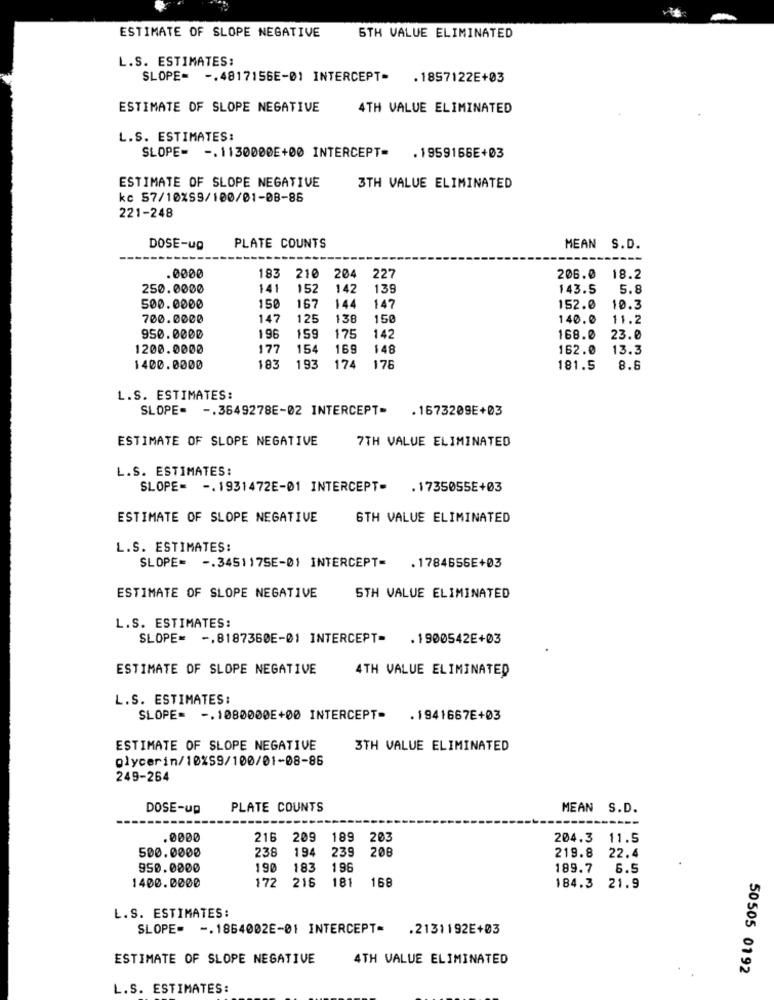
ESTIMATE OF SLOPE NEGATIVE
5TH VALUE ELIMINATED
L.S. ESTIMATES:
SLOPE= -. 4817156E-01 INTERCEPT=
. 1857122E+03
ESTIMATE OF SLOPE NEGATIVE
4TH VALUE ELIMINATED
L.S. ESTIMATES:
SLOPE= -. 1130000E+00 INTERCEPT= . 1959166E+03
ESTIMATE OF SLOPE NEGATIVE
3TH VALUE ELIMINATED
kc 57/10%S9/100/01-08-85
221-248
DOSE-up
PLATE COUNTS
MEAN S.D.
227
.0000
183
210 204
206.0
18.2
250.0000
141
152
142
139
143.5
5.8
147
500.0000
150
167
144
152.0
10.3
700.0000
147
125
138
150
140.0
11.2
950.0000
196
159
175
69
142
168.0
23.0
1200.0000
177
154
148
162.0
13.3
1400.0000
183
193
174
176
181.5
8.6
L.S. ESTIMATES:
SLOPE= -. 3649278E-02 INTERCEPT- . 1673209E+03
ESTIMATE OF SLOPE NEGATIVE
7TH VALUE ELIMINATED
L.S. ESTIMATES:
SLOPE= -. 1931472E-01 INTERCEPT- . 1735055E+03
ESTIMATE OF SLOPE NEGATIVE
6TH VALUE ELIMINATED
L.S. ESTIMATES:
SLOPE= -. 345117SE-01 INTERCEPT= . 1784656E+03
ESTIMATE OF SLOPE NEGATIVE
STH VALUE ELIMINATED
L.S. ESTIMATES:
SLOPE= -, 8187360E-01 INTERCEPT= . 1900542E+03
ESTIMATE OF SLOPE NEGATIVE
4TH VALUE ELIMINATED
L.S. ESTIMATES:
SLOPE= -. 1080000E+00 INTERCEPT- . 1941667E+03
ESTIMATE OF SLOPE NEGATIVE
3TH VALUE ELIMINATED
glycerin/10%S9/100/01-08-86
249-264
DOSE-up
PLATE COUNTS
MEAN S.D.
.0000
216
209
189
203
204.3 11.5
500.0000
238
194
239
208
22.4
219.8
950.0000
190
183
196
189.7
6.5
181
168
1400.0000
172
216
184.3 21.9
L.S. ESTIMATES:
SLOPE= -. 1864002E-01 INTERCEPT= . 2131192E+03
ESTIMATE OF SLOPE NEGATIVE
4TH VALUE ELIMINATED
50505 0192
L.S. ESTIMATES: